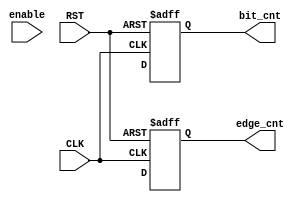
module counter_RX (
  
  input CLK,
  input RST,
  input enable,
  output bit_cnt,
  output edge_cnt
  
   );
   
//internal sigals

reg     bit_cnt_cmb;
reg     edge_cnt_cmb;

always @ (posedge CLK or posedge RST)
begin
  if(RST)
    begin
      bit_cnt<=0;
      edge_cnt<=0;
    end
  else
    begin
      edge_cnt<=edge_cnt_cmb;
      bit_cnt<=bit_cnt_cmb;
    end
 end
 
 
always @ (*)
begin    



end    

endmodule